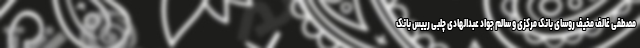
مصطفی غالف مخیف روسای بانک مرکزی و سالم جواد عبدالهادی چلبی رییس بانک